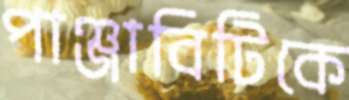
পাঞ্জাবিটিকে